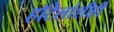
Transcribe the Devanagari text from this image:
हॉटेलांशीही